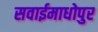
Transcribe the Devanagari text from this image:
सवाईमाधोपुर